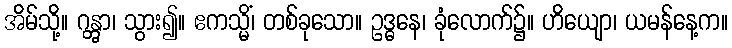
အိမ်သို့။ ဂန္တွာ၊ သွား၍။ ဧကသ္မိံ၊ တစ်ခုသော။ ဥဒ္ဓနေ၊ ခုံလောက်၌။ ဟိယျော၊ ယမန်နေ့က။